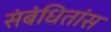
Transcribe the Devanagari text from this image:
संबंधितांस